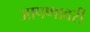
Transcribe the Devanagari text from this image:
आपणावरी